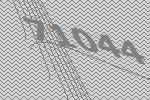
71044